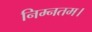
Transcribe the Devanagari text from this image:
निम्नतम।